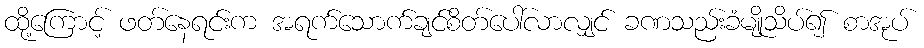
ထို့ကြောင့် ဖတ်နေရင်းက အရက်သောက်ချင်စိတ်ပေါ်လာလျှင် ခဏသည်းခံမျိုသိပ်၍ စာအုပ်